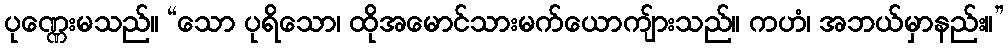
ပုဏ္ဏေးမသည်။ “သော ပုရိသော၊ ထိုအမောင်သားမက်ယောကျ်ားသည်။ ကဟံ၊ အဘယ်မှာနည်း။”